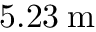
5 . 2 3 \: \mathrm { m }